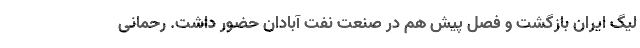
لیگ ایران بازگشت و فصل پیش هم در صنعت نفت آبادان حضور داشت. رحمانی